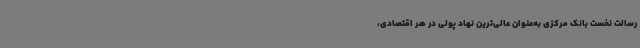
رسالت نخست بانک مرکزی به‌عنوان عالی‌ترین نهاد پولی در هر اقتصادی،